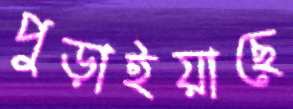
পুড়াইয়াছে